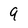
Character: 9